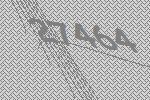
27464